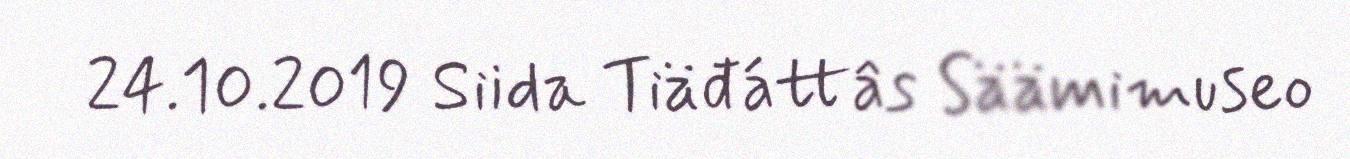
24.10.2019 Siida Tiäđáttâs Säämimuseo